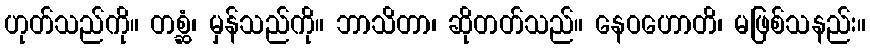
ဟုတ်သည်ကို။ တစ္ဆံ၊ မှန်သည်ကို။ ဘာသိတာ၊ ဆိုတတ်သည်။ နေဝဟောတိ၊ မဖြစ်သနည်း။